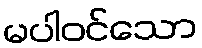
မပါဝင်သော